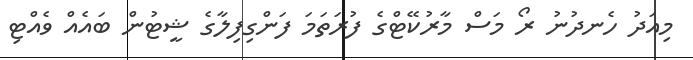
މިއަދު ހެނދުނު ރޯ މަސް މާރުކޭޓްގެ ފުރަތަމަ ފަންގިފިލާގެ ޝީޓުން ބައެއް ވެއްޓި